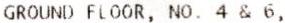
GROUND FLOOR, NO. 4 & 6,